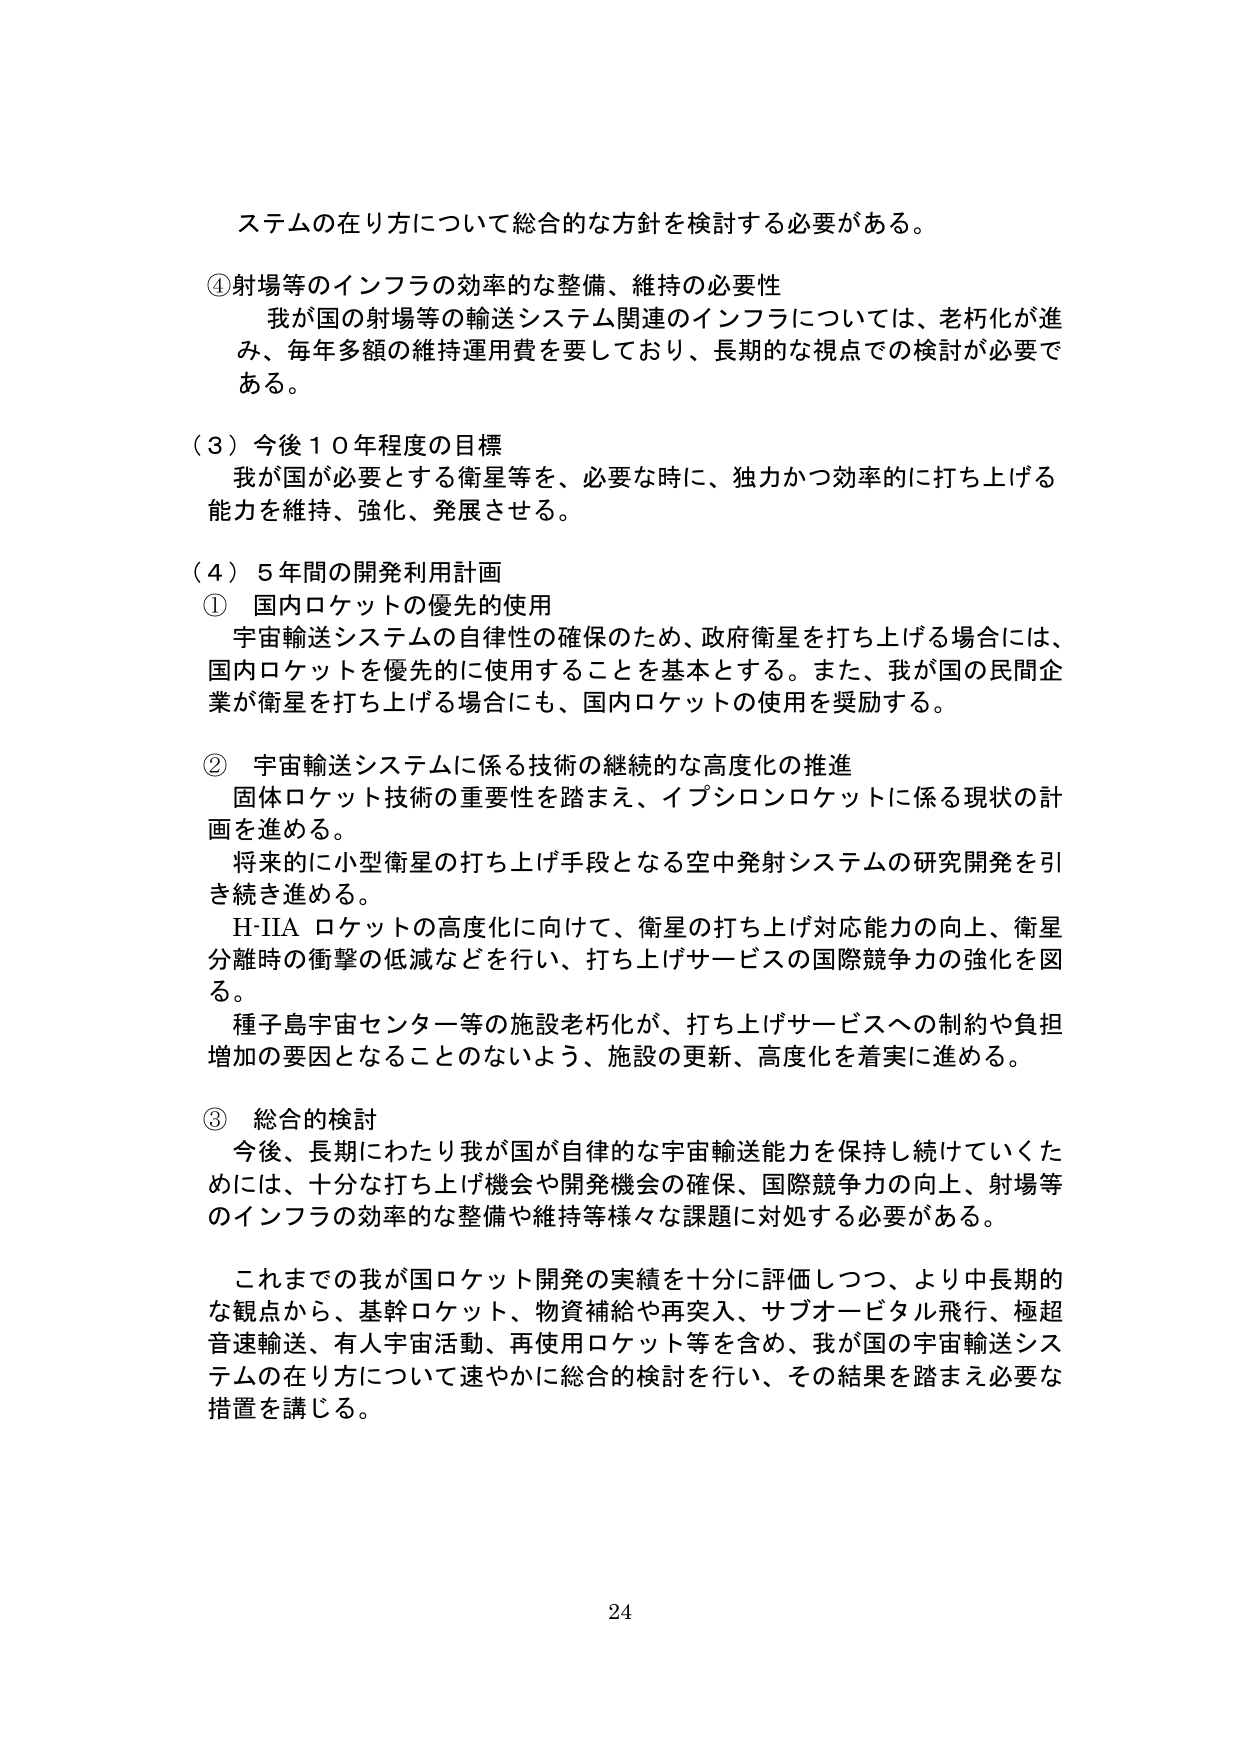
ステムの在り方について総合的な方針を検討する必要がある。

④射場等のインフラの効率的な整備、維持の必要性
我が国の射場等の輸送システム関連のインフラについては、老朽化が進み、毎年多額の維持運用費を要しており、長期的な視点での検討が必要である。

（３）今後１０年程度の目標
我が国が必要とする衛星等を、必要な時に、独力かつ効率的に打ち上げる能力を維持、強化、発展させる。

（４）５年間の開発利用計画
① 国内ロケットの優先的使用
宇宙輸送システムの自律性の確保のため、政府衛星を打ち上げる場合には、国内ロケットを優先的に使用することを基本とする。また、我が国の民間企業が衛星を打ち上げる場合にも、国内ロケットの使用を奨励する。

② 宇宙輸送システムに係る技術の継続的な高度化の推進
固体ロケット技術の重要性を踏まえ、イプシロンロケットに係る現状の計画を進める。
将来的に小型衛星の打ち上げ手段となる空中発射システムの研究開発を引き続き進める。
H-IIA ロケットの高度化に向けて、衛星の打ち上げ対応能力の向上、衛星分離時の衝撃の低減などを行い、打ち上げサービスの国際競争力の強化を図る。
種子島宇宙センター等の施設老朽化が、打ち上げサービスへの制約や負担増加の要因となることのないよう、施設の更新、高度化を着実に進める。

③ 総合的検討
今後、長期にわたり我が国が自律的な宇宙輸送能力を保持し続けていくためには、十分な打ち上げ機会や開発機会の確保、国際競争力の向上、射場等のインフラの効率的な整備や維持等様々な課題に対処する必要がある。

これまでの我が国ロケット開発の実績を十分に評価しつつ、より中長期的な観点から、基幹ロケット、物資補給や再突入、サブオービタル飛行、極超音速輸送、有人宇宙活動、再使用ロケット等を含め、我が国の宇宙輸送システムの在り方について速やかに総合的検討を行い、その結果を踏まえ必要な措置を講じる。

24